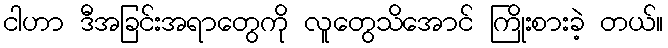
ငါဟာ ဒီအခြင်းအရာတွေကို လူတွေသိအောင် ကြိုးစားခဲ့ တယ်။